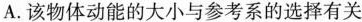
A.该物体动能的大小与参考系的选择有关